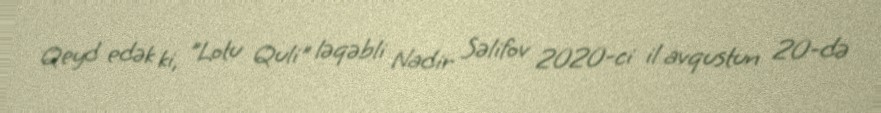
Qeyd edək ki, "Lotu Quli" ləqəbli Nadir Səlifov 2020-ci il avqustun 20-də